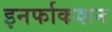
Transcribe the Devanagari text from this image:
इनर्फाकशन